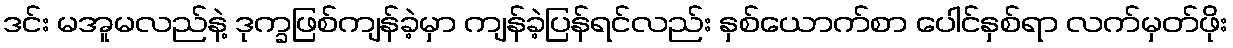
ဒင်း မအူမလည်နဲ့ ဒုက္ခဖြစ်ကျန်ခဲ့မှာ ကျန်ခဲ့ပြန်ရင်လည်း နှစ်ယောက်စာ ပေါင်နှစ်ရာ လက်မှတ်ဖိုး